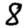
Digit: 8